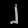
Digit: ၂